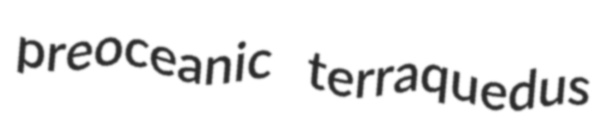
preoceanic terraquedus